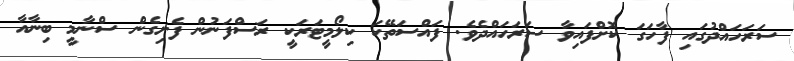
ސަރަހައްދުގައި ފާހަގަ ކޮށްފައިވާ ސަރަހައްދެވެ. ފައްސަތޭކަ ކިލޯމީޓަރަކީ ރަސްފަނުން ފެށިގެން ސްނާމީ ބިނާއާ